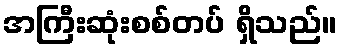
အကြီးဆုံးစစ်တပ် ရှိသည်။